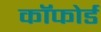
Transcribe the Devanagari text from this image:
कॉफोर्ड